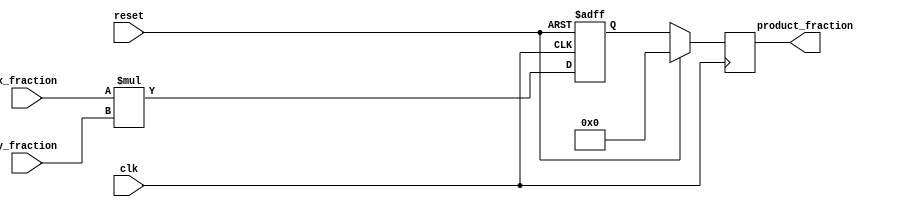
module pes_fmul(
  input clk,
  input reset,
  input signed [7:0] x_fraction,
  input signed [7:0] y_fraction,
  output reg signed [15:0] product_fraction
);

  reg [15:0] product;

  always @(posedge clk or posedge reset) begin
    if (reset) begin
      product <= 16'b0;
    end else begin
      product <= x_fraction * y_fraction;
    end
  end

  always @(posedge clk) begin
    if (reset) begin
      product_fraction <= 16'b0;
    end else begin
      product_fraction <= product;
    end
  end

endmodule